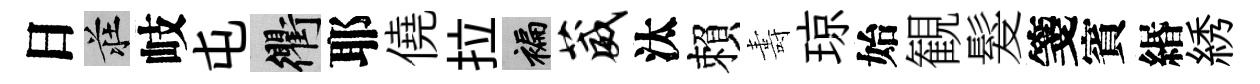
日莊岐屯衢耶僥拉褊葳汰賴夀琼始観髮箋賓緡綉